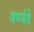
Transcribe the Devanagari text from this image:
वर्ण्यते